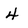
Character: 4